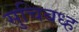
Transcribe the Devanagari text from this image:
सुचिबध्ह